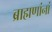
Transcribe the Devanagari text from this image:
ब्राह्मणांनां